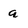
Character: a